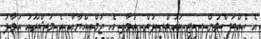
އެ އެއްބަސްވުން ސިޓީ ކައުންސިލުން އުވާލީ އެ ޖަމްއިއްޔާއާ އެ މަޝްރޫއު ހަވާލު